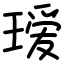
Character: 瑷